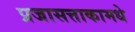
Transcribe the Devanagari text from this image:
प्रजासत्ताकामधे